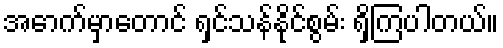
အောက်မှာတောင် ရှင်သန်နိုင်စွမ်း ရှိကြပါတယ်။